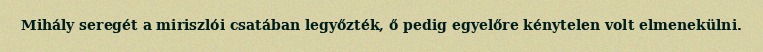
Mihály seregét a miriszlói csatában legyőzték, ő pedig egyelőre kénytelen volt elmenekülni.